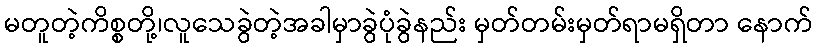
မတူတဲ့ကိစ္စတို့၊လူသေခွဲတဲ့အခါမှာခွဲပုံခွဲနည်း မှတ်တမ်းမှတ်ရာမရှိတာ နောက်